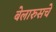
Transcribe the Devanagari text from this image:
बेलारुसचे